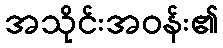
အသိုင်းအဝန်း၏